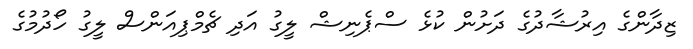
ޒިދާންގެ އިރުޝާދުގެ ދަށުން ކުޅެ ސްޕެނިޝް ލީގު އަދި ޗެމްޕިއަންސް ލީގު ހޯދުމުގެ